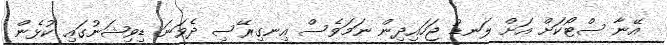
އޭނާ ސްޓޯކަށް އަށް ލަނޑު ޖަހައިދިން ނަމަވެސް އިނގިރޭސި ދެވަނަ ޑިވިޝަނުގައި ކުޅެން